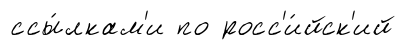
ссы́лкам'и по росс'и́йск'ий